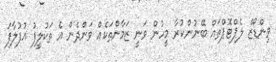
ވިންޑޯޒް ލެޕްޓޮޕްތައް ބޭނުންކުރާ މީހުން ވަނީ ޒަމާންތަކެއް ވަންދެން އެ ތަކުލީފު އުފުލާފަ